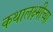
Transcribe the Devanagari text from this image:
कथालक्ष्मीच्या